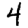
Digit: 4